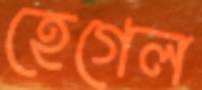
হেগেল